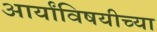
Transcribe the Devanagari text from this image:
आर्यांविषयीच्या